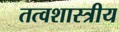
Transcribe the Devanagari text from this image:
तत्वशास्त्रीय